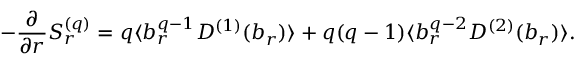
- \frac { \partial } { \partial r } S _ { r } ^ { ( q ) } = q \langle b _ { r } ^ { q - 1 } D ^ { ( 1 ) } ( b _ { r } ) \rangle + q ( q - 1 ) \langle b _ { r } ^ { q - 2 } D ^ { ( 2 ) } ( b _ { r } ) \rangle .